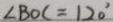
\angle B O C = 1 2 0 ^ { \circ }